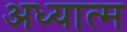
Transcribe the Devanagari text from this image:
अध्यात्‍म